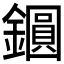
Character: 𨭦